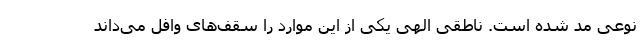
نوعی مد شده است. ناطقی الهی یکی از این موارد را سقف‌های وافل می‌داند